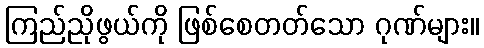
ကြည်ညိုဖွယ်ကို ဖြစ်စေတတ်သော ဂုဏ်များ။